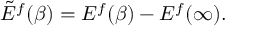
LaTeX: \tilde { E } ^ { f } ( \beta ) = E ^ { f } ( \beta ) - E ^ { f } ( \infty ) .